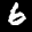
Label: 6